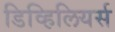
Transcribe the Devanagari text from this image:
डिव्हिलियर्स